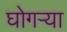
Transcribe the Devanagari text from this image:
घोगर्‍या